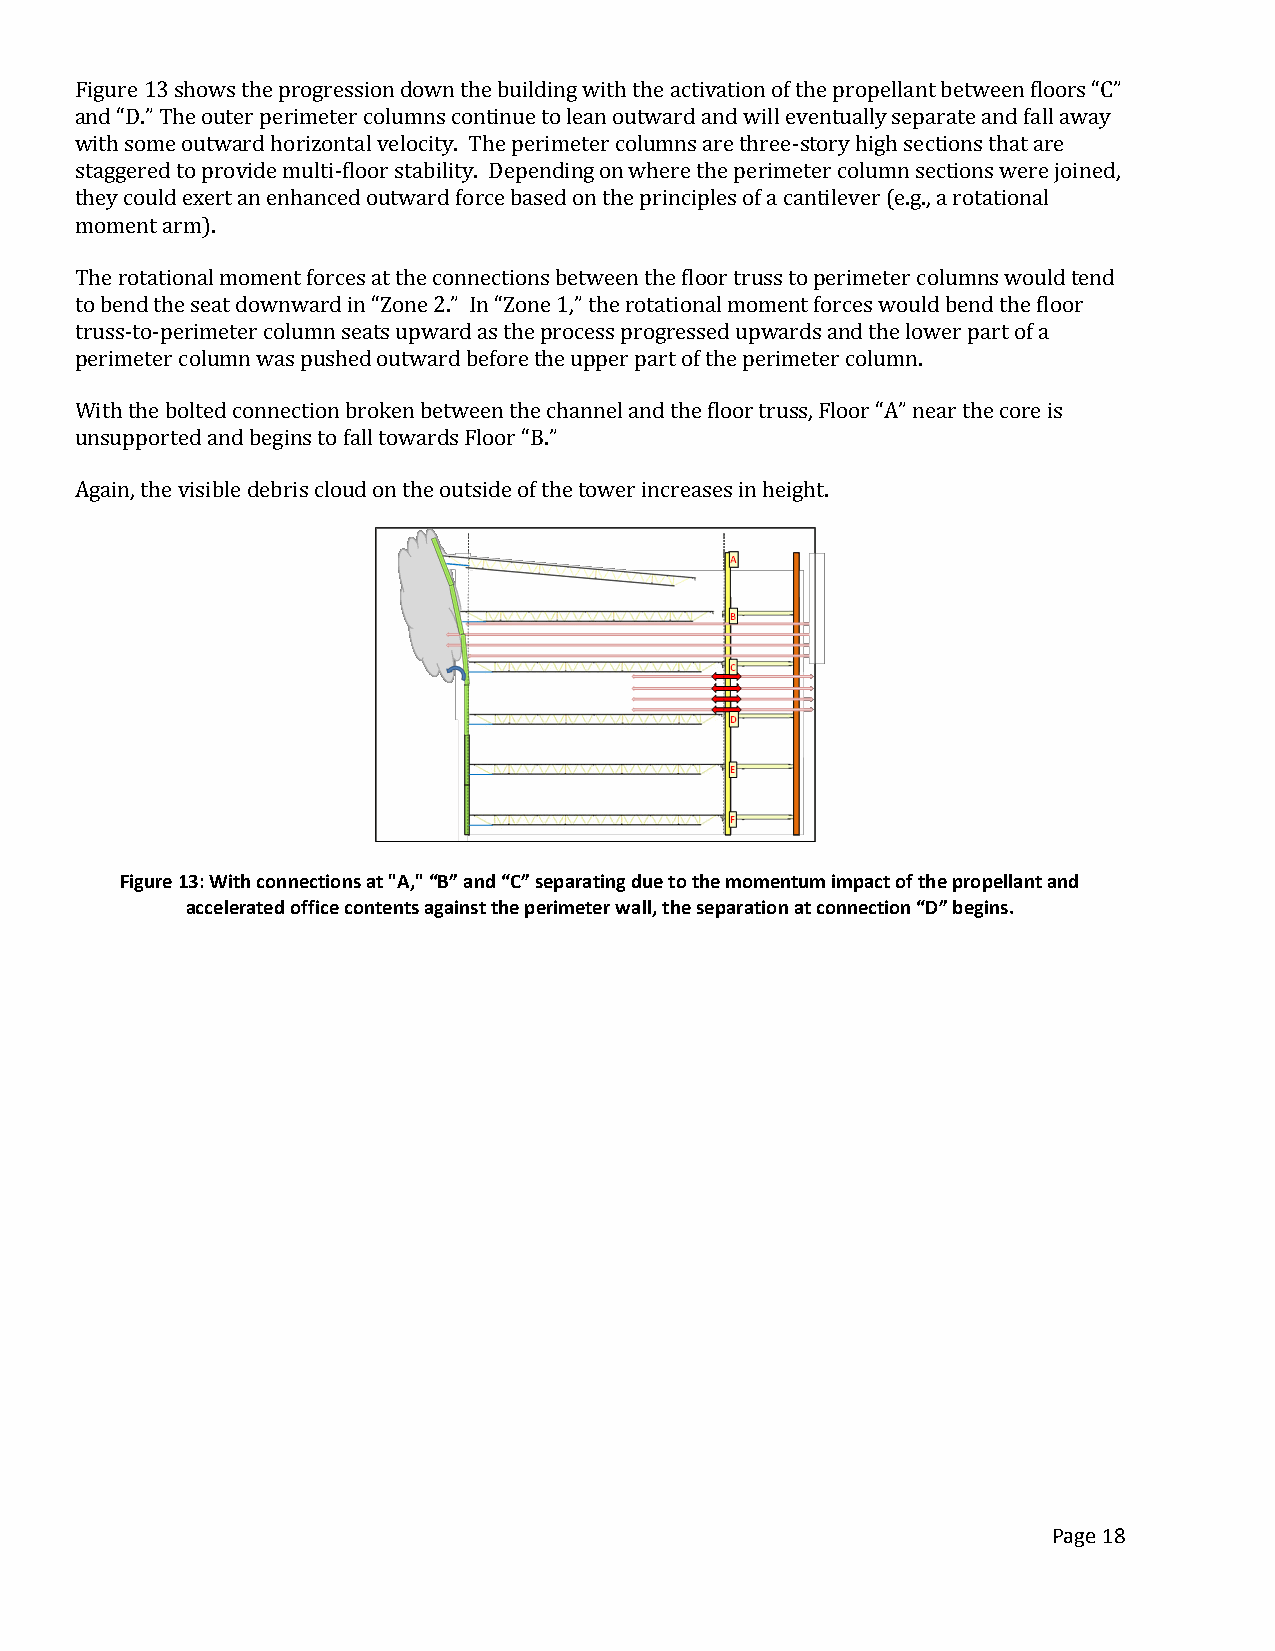
Figure 13 shows the progression down the building with the activation of the propellant between floors “C”
 and “D.” The outer perimeter columns continue to lean outward and will eventually separate and fall away
 with some outward horizontal velocity. The perimeter columns are three-story high sections that are
 staggered to provide multi-floor stability. Depending on where the perimeter column sections were joined,
 they could exert an enhanced outward force based on the principles of a cantilever (e.g., a rotational
 moment arm).
 The rotational moment forces at the connections between the floor truss to perimeter columns would tend
 to bend the seat downward in “Zone 2.” In “Zone 1,” the rotational moment forces would bend the floor
 truss-to-perimeter column seats upward as the process progressed upwards and the lower part of a
 perimeter column was pushed outward before the upper part of the perimeter column.
 With the bolted connection broken between the channel and the floor truss, Floor “A” near the core is
 unsupported and begins to fall towards Floor “B.”
 Again, the visible debris cloud on the outside of the tower increases in height.
 Figure 13: With connections at "A," “B” and “C” separating due to the momentum impact of the propellant and
 accelerated office contents against the perimeter wall, the separation at connection “D” begins.
 Page 18